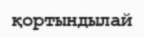
қортындылай